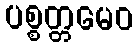
ပစ္စတ္တမေဝ